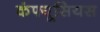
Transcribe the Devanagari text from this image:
कंफ्यूसियस